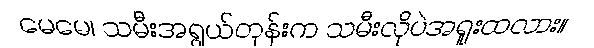
မေမေ၊ သမီးအရွယ်တုန်းက သမီးလိုပဲအရူးထလား။